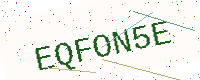
Text: EQFON5E